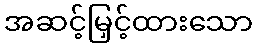
အဆင့်မြှင့်ထားသော